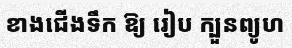
ខាងជើងទឹក ឱ្យ រៀប ក្បួនព្យូហ